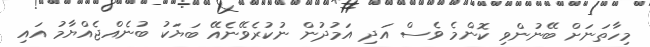
މިހާތަނަށް ބޭނުންވި ކޮންމެ ވެސް އަދި އަމުދުން ނުކުރެވޭނެއޭ ބަޔަކު ބުނެއްޖެއްޔާމު އައި